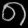
Digit: ၈